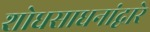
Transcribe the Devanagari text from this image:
शोधसाधनांद्वारे